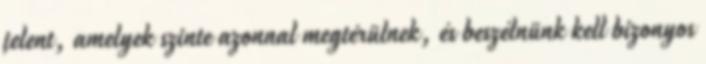
jelent, amelyek szinte azonnal megtérülnek, és beszélnünk kell bizonyos